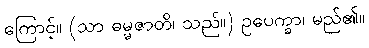
ကြောင့်။ (သာ ဓမ္မဇာတိ၊ သည်။) ဥပေက္ခာ၊ မည်၏။